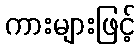
ကားများဖြင့်